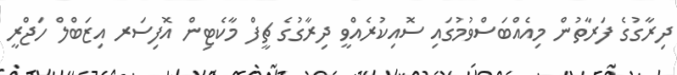
ދިރާގުގެ ފަރާތުން މިއެއްބަސްވުމުގައި ސޮއިކުރެއްވީ ދިރާގުގެ ޗީފް މާކެޓިން އޮފިސަރ އިޒަބްލް ހަޖްރީ